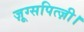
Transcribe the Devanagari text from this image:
ज़ूग्सपित्ज़ी।